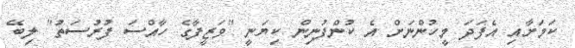
ކަމަށާއި އެފަދަ މީހުންނަށް އެ ކުންފުނިން ކިޔަނީ "ވަޒީފާގެ ހާއްސަ ފުރުސަތު" ލިބޭ